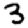
Digit: 3